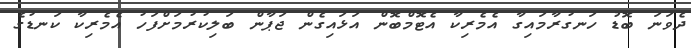
ދެވަނަ ބޮޑު ހަނގުރާމައިގާ އެމެރިކާ އެޓޮމްބޮން އަޅައިގެން ޖަޕާން ބަލިކުރުމަށްފަހު އެމެރިކާ ކަނޑުގެ